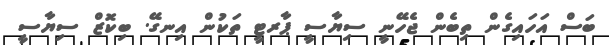
ބަސް އަހައިގެން ތިބެން ޖެހޭނީ ސިޔާސީ ޕާރޓީ ތަކުން އިނގޭ. ބިކޮޒް ސިޔާސީ